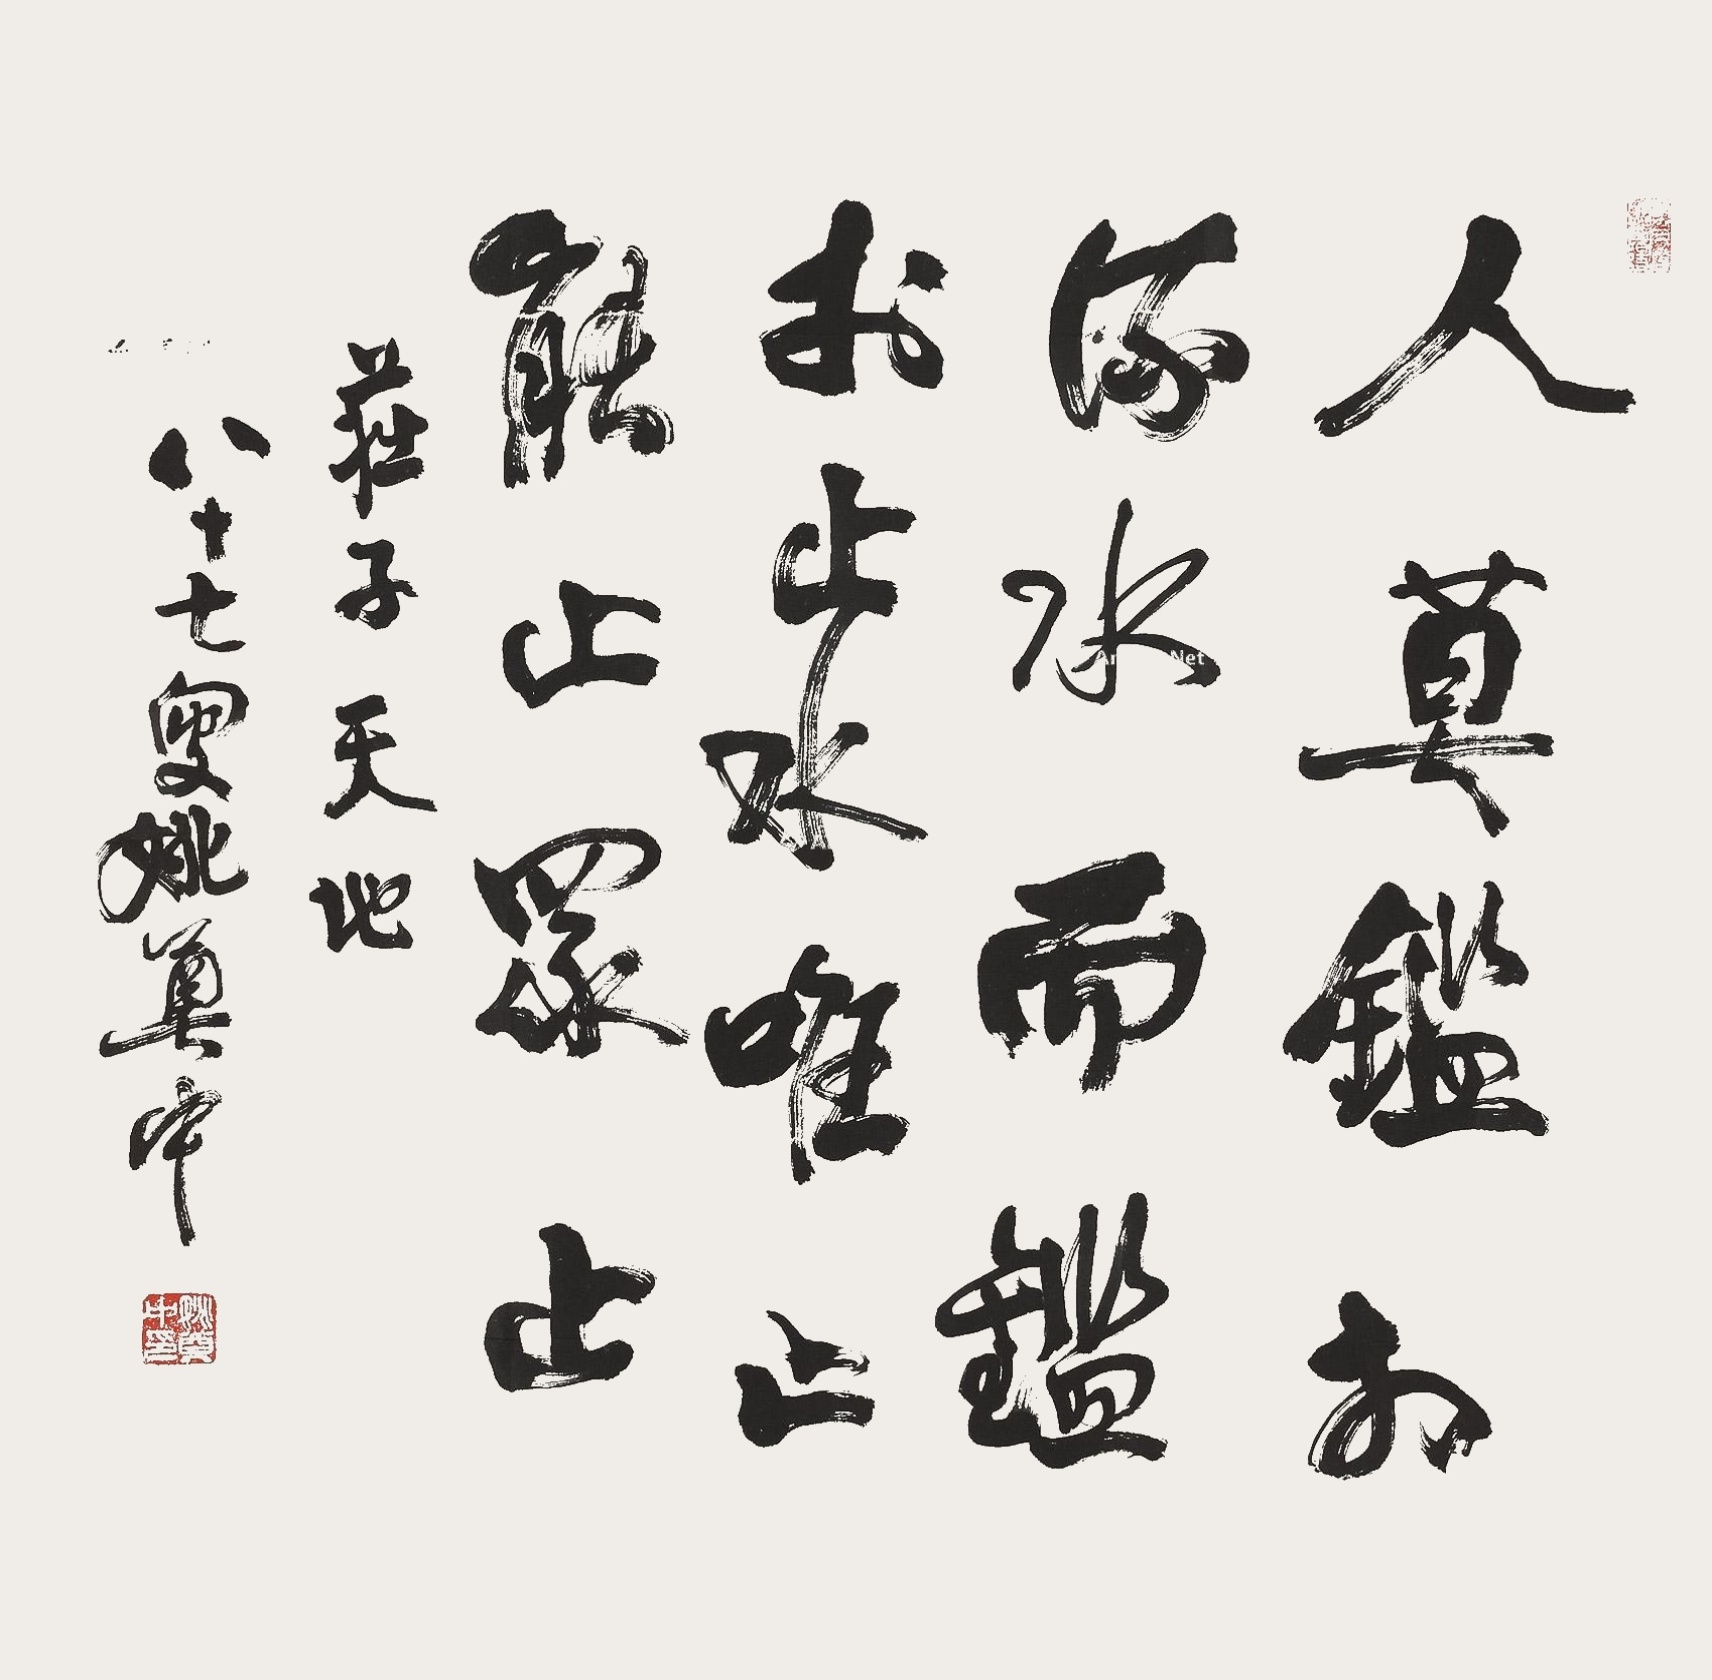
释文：人莫鉴于流水；而鉴于止水。唯止能止众止。庄子《天地》；八十七叟姚奠中。